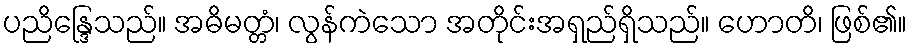
ပညိန္ဒြေသည်။ အဓိမတ္တံ၊ လွန်ကဲသော အတိုင်းအရှည်ရှိသည်။ ဟောတိ၊ ဖြစ်၏။